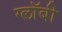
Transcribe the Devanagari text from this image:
ग्लॉबी